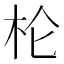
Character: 𰗖